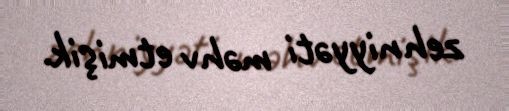
zehniyyəti məhv etmişik.